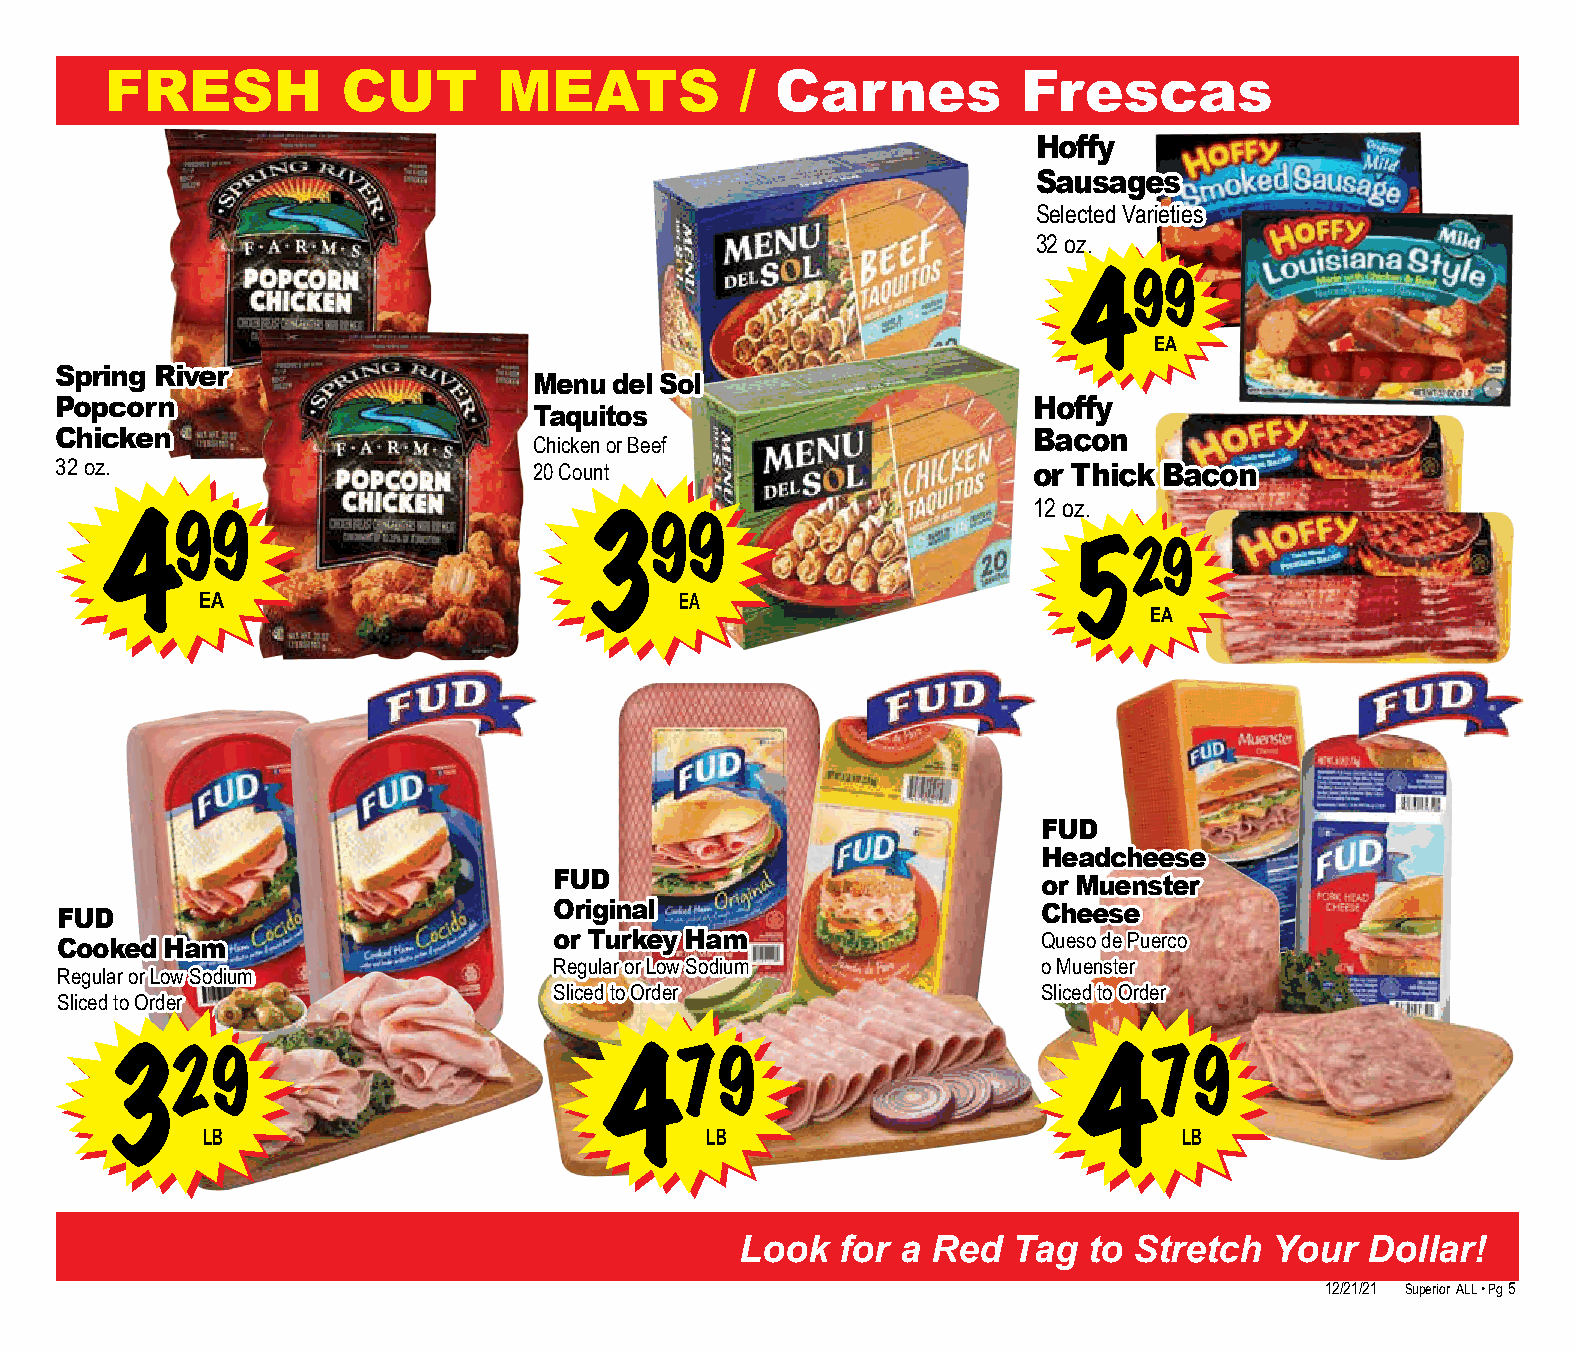
FRESH           CUT       MEATS           / Carnes           Frescas
 Hoffy
 Sausages
 Selected Varieties
 32 oz.
 99
 4
 EA
 Spring River
 Menu  del Sol
 Popcorn                                                         Hoffy
 Taquitos
 Chicken                                                         Bacon
 Chicken or Beef
 32 oz.                         20 Count                         or Thick Bacon
 12 oz.
 99                              99
 4                               3
 29
 5
 EA                              EA
 EA
 FUD
 Headcheese
 FUD                             or Muenster
 FUD                              Original                        Cheese
 Cooked Ham                       or Turkey Ham                   Queso de Puerco
 Regular or Low Sodium           o Muenster
 Regular or Low Sodium
 Sliced to Order                 Sliced to Order
 Sliced to Order
 29                                79                             79
 3                                4                              4
 LB                                LB                             LB
 Look   for a Red  Tag  to Stretch  Your   Dollar!
 12/21/21 Superior ALL • Pg 5